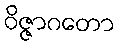
ဝိဇ္ဇာဂတော